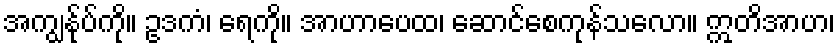
အကျွန်ုပ်ကို။ ဥဒကံ၊ ရေကို။ အာဟာပေထ၊ ဆောင်စေကုန်သလော။ ဣတိအာဟ၊